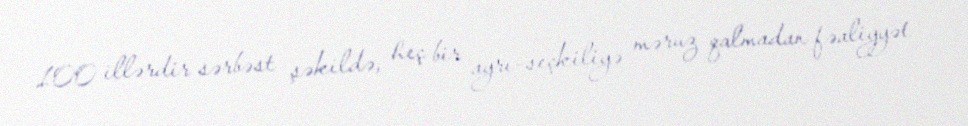
100 illərdir sərbəst şəkildə, heç bir ayrı-seçkiliyə məruz qalmadan fəaliyyət